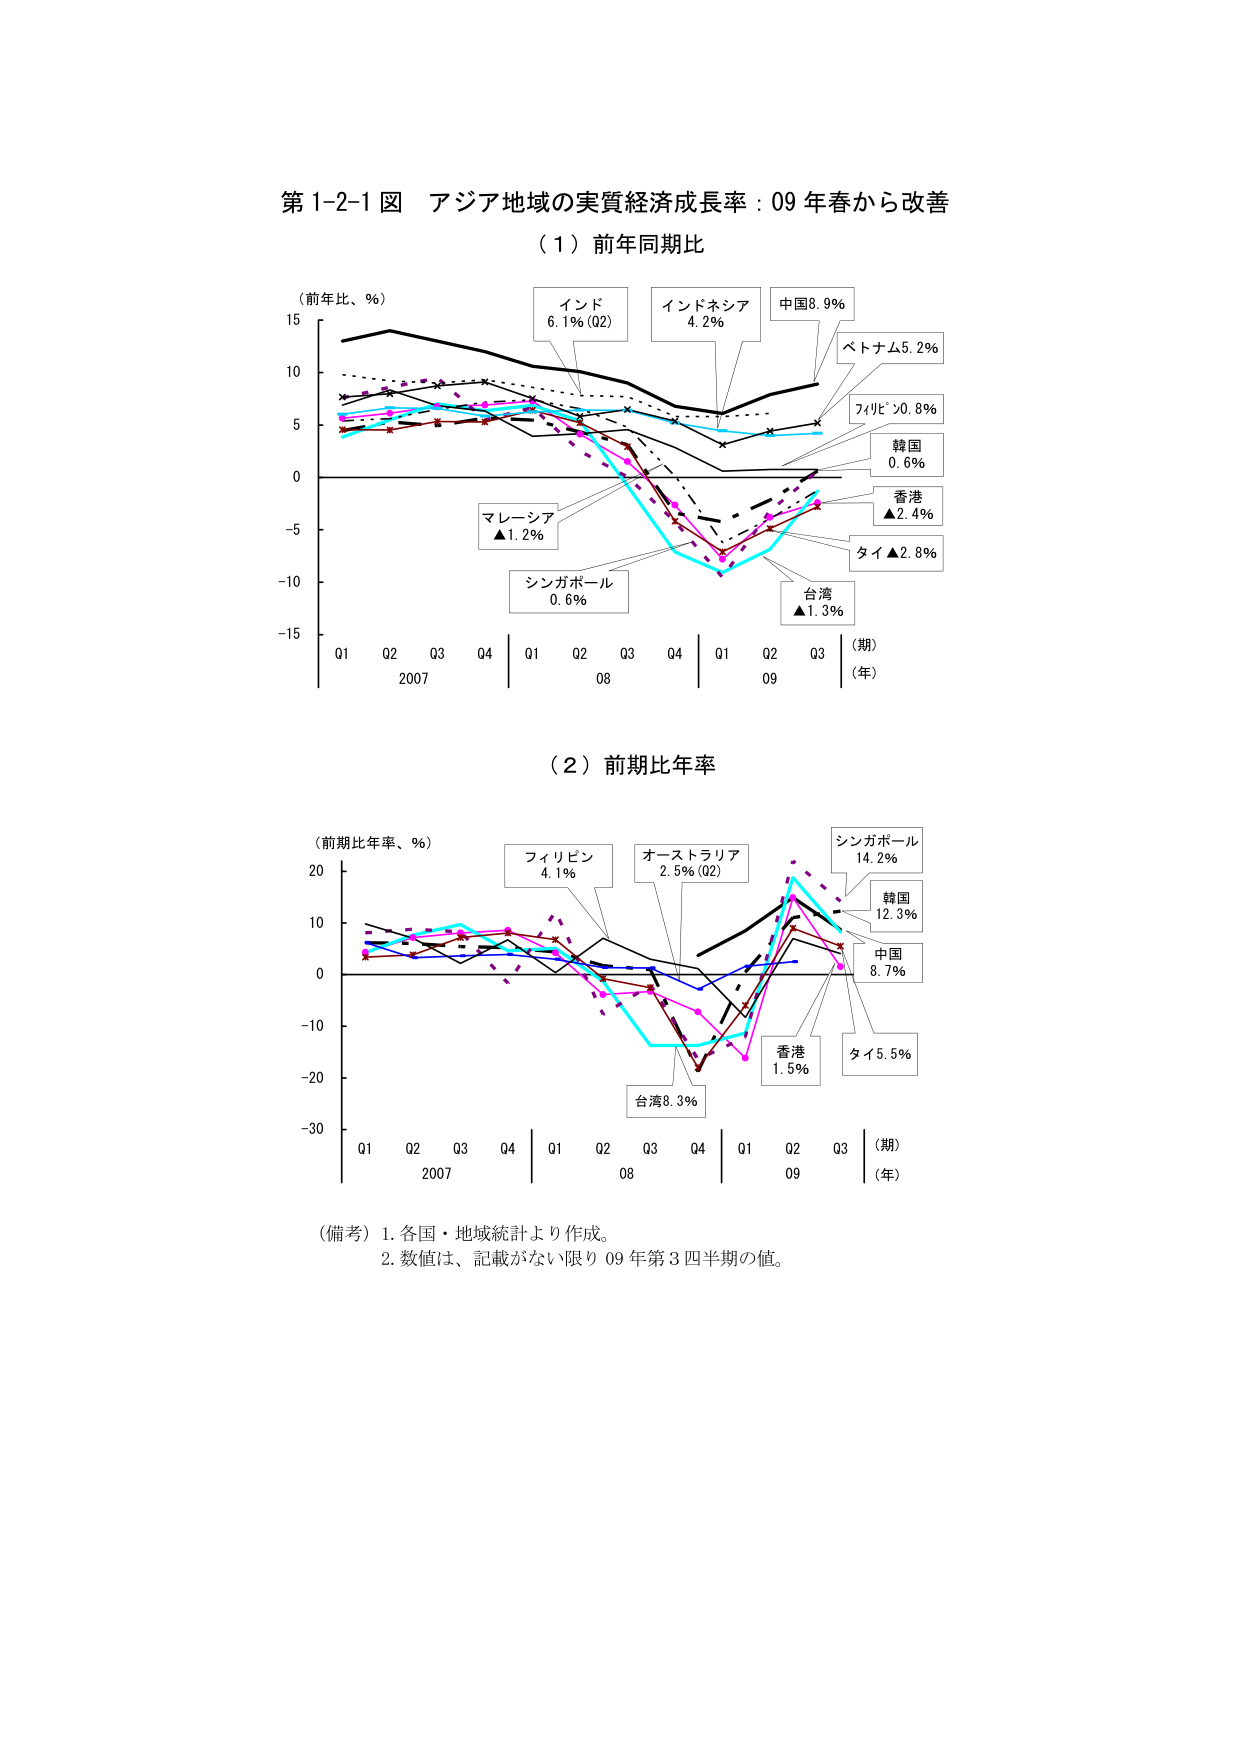
第1-2-1図 アジア地域の実質経済成長率：09年春から改善

（1）前年同期比

（前年比、％）
15
10
5
0
-5
-10
-15

Q1 Q2 Q3 Q4 Q1 Q2 Q3 Q4 Q1 Q2 Q3
2007 08 09
（期）
（年）

インド 6.1％（Q2）
インドネシア 4.2％
中国 8.9％
ベトナム 5.2％
フィリピン 0.8％
韓国 0.6％
香港 ▲2.4％
タイ ▲2.8％
台湾 ▲1.3％
マレーシア ▲1.2％
シンガポール 0.6％

（2）前期比年率

（前期比年率、％）
20
10
0
-10
-20
-30

Q1 Q2 Q3 Q4 Q1 Q2 Q3 Q4 Q1 Q2 Q3
2007 08 09
（期）
（年）

フィリピン 4.1％
オーストラリア 2.5％（Q2）
シンガポール 14.2％
韓国 12.3％
中国 8.7％
香港 1.5％
タイ 5.5％
台湾 8.3％

（備考）1. 各国・地域統計より作成。
2. 数値は、記載がない限り09年第3四半期の値。